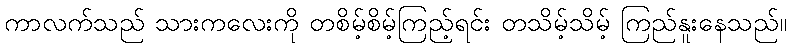
ကာလက်သည် သားကလေးကို တစိမ့်စိမ့်ကြည့်ရင်း တသိမ့်သိမ့် ကြည်နူးနေသည်။